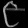
Digit: ၉